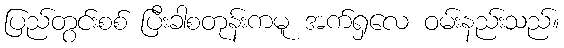
ပြည်တွင်းစစ် ပြီးခါစတုန်းကမူ အက်ရှလေ ဝမ်းနည်းသည်။